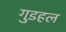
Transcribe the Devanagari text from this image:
गुडहल